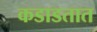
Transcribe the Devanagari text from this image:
कडाडतात